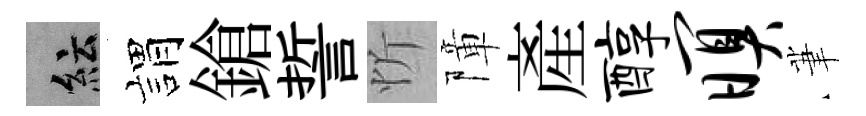
紜娟鎗誓忻障產醇暝茟